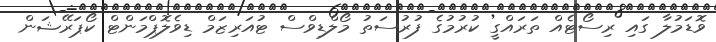
ވޮޑަމުލާ ގައި ރިސޯޓެއް ތަރައްގީ ކުރުމުގެ ފުރުސަތު މޯލްޑިވްސް ޓުއަރިޒަމް ޑިވެލޮޕްމަންޓް ކޯޕަރޭޝަން